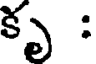
కృ :